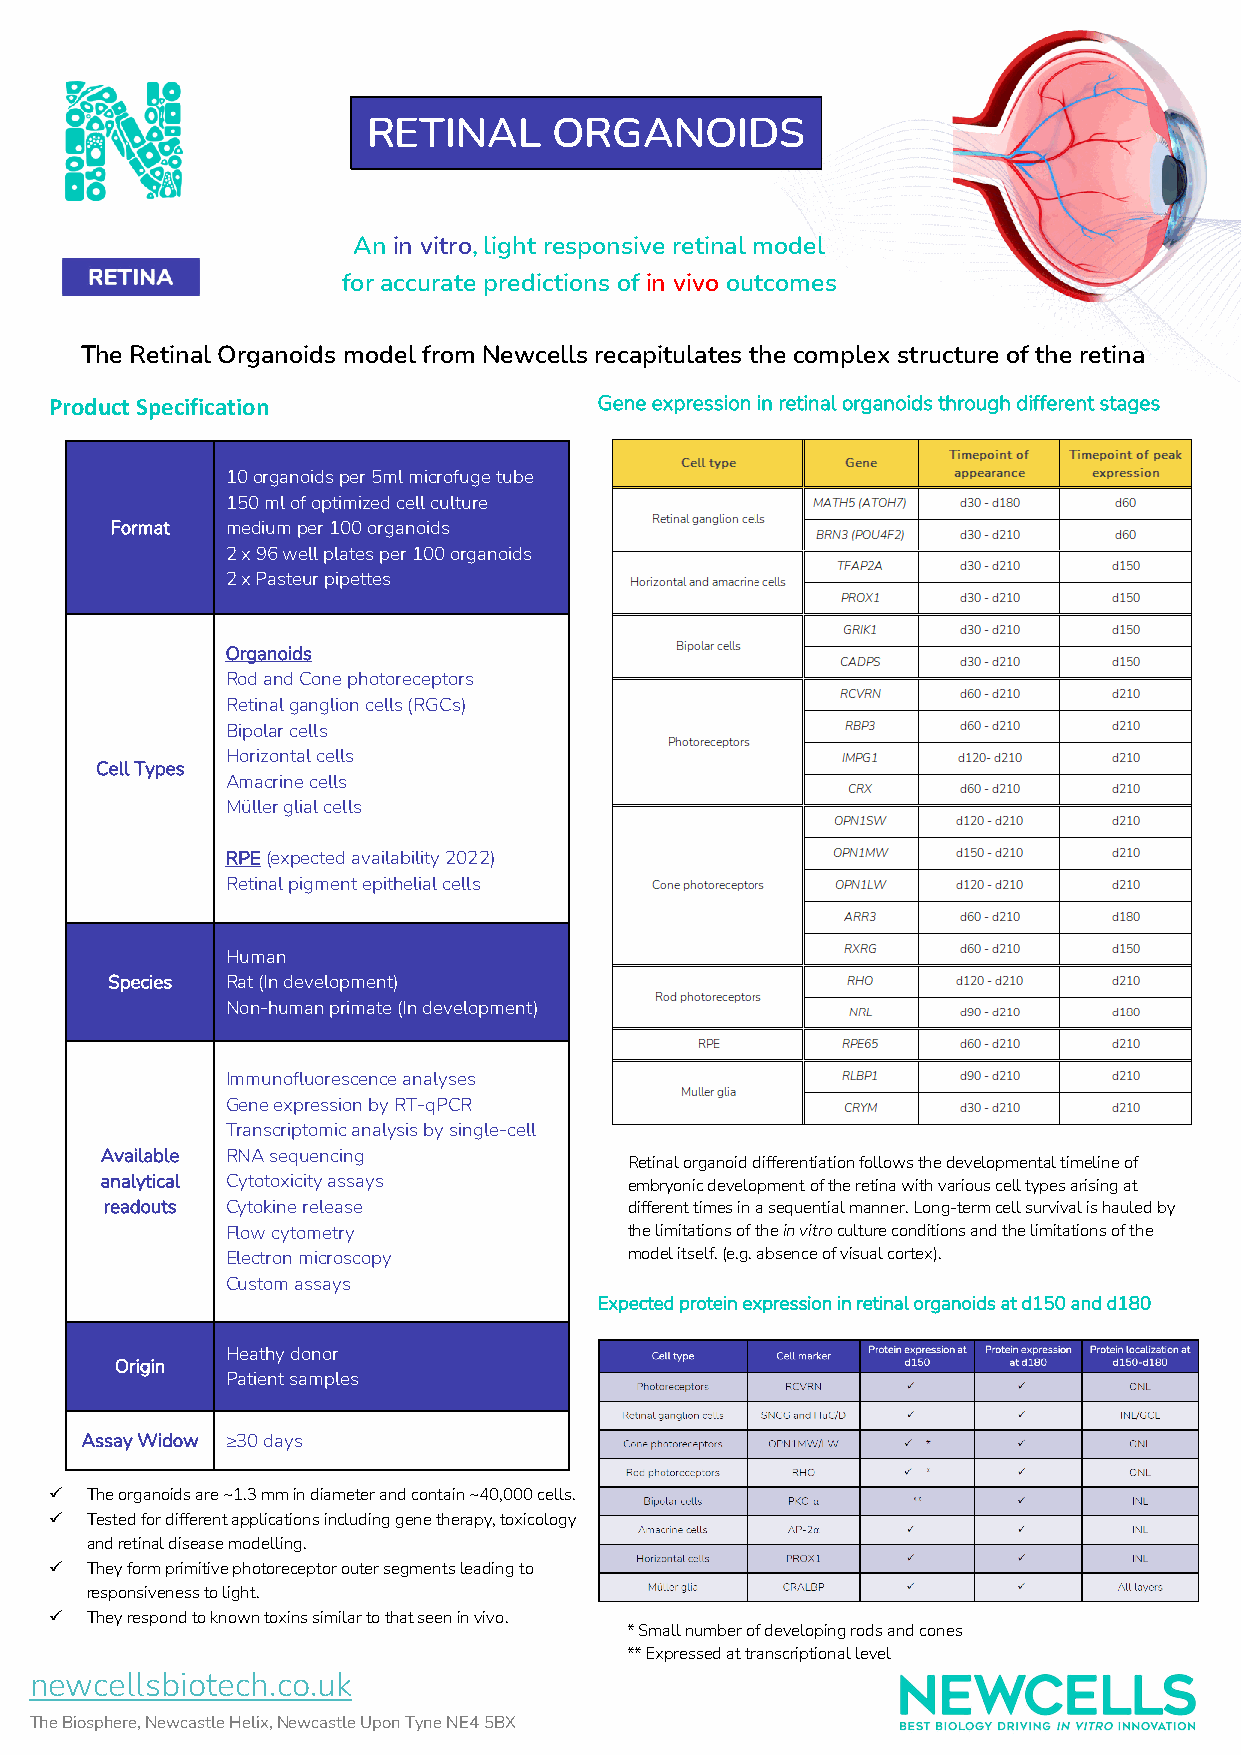
RETINAL      ORGANOIDS
 An in vitro, light responsive retinal model
 for accurate predictions of in vivo outcomes
 The Retinal Organoids model from Newcells recapitulates the complex structure of the retina
 Product Specification                Gene expression in retinal organoids through different stages
 10 organoids per 5ml microfuge tube
 150 ml of optimized cell culture
 Format  medium per 100 organoids
 2 x 96 well plates per 100 organoids
 2 x Pasteur pipettes
 Organoids
 Rod and Cone photoreceptors
 Retinal ganglion cells (RGCs)
 Bipolar cells
 Horizontal cells
 Cell Types
 Amacrine cells
 Müller glial cells
 RPE (expected availability 2022)
 Retinal pigment epithelial cells
 Human
 Species Rat (In development)
 Non-human primate (In development)
 Immunofluorescence analyses
 Gene expression by RT-qPCR
 Transcriptomic analysis by single-cell
 Available RNA sequencing
 Retinal organoid differentiation follows the developmental timeline of
 analytical Cytotoxicity assays     embryonic development of the retina with various cell types arising at
 readouts Cytokine release          different times in a sequential manner. Long-term cell survival is hauled by
 Flow cytometry             the limitations of the in vitro culture conditions and the limitations of the
 Electron microscopy        model itself. (e.g. absence of visual cortex).
 Custom assays
 Expected protein expression in retinal organoids at d150 and d180
 Heathy donor
 Origin
 Patient samples
 Assay Widow ≥30 days
   The organoids are ~1.3 mm in diameter and contain ~40,000 cells.
   Tested for different applications including gene therapy, toxicology
 and retinal disease modelling.
   They form primitive photoreceptor outer segments leading to
 responsiveness to light.
   They respond to known toxins similar to that seen in vivo.
 * Small number of developing rods and cones
 ** Expressed at transcriptional level
 newcellsbiotech.co.uk
 The Biosphere, Newcastle Helix, Newcastle Upon Tyne NE4 5BX